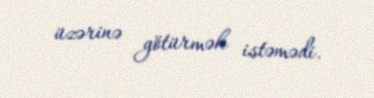
üzərinə götürmək istəmədi.